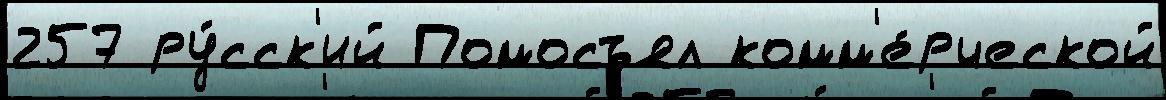
257 ру́сск'ий Помосъял комм'е́рческой